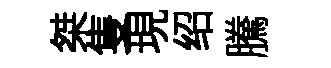
桀隻現绍騰